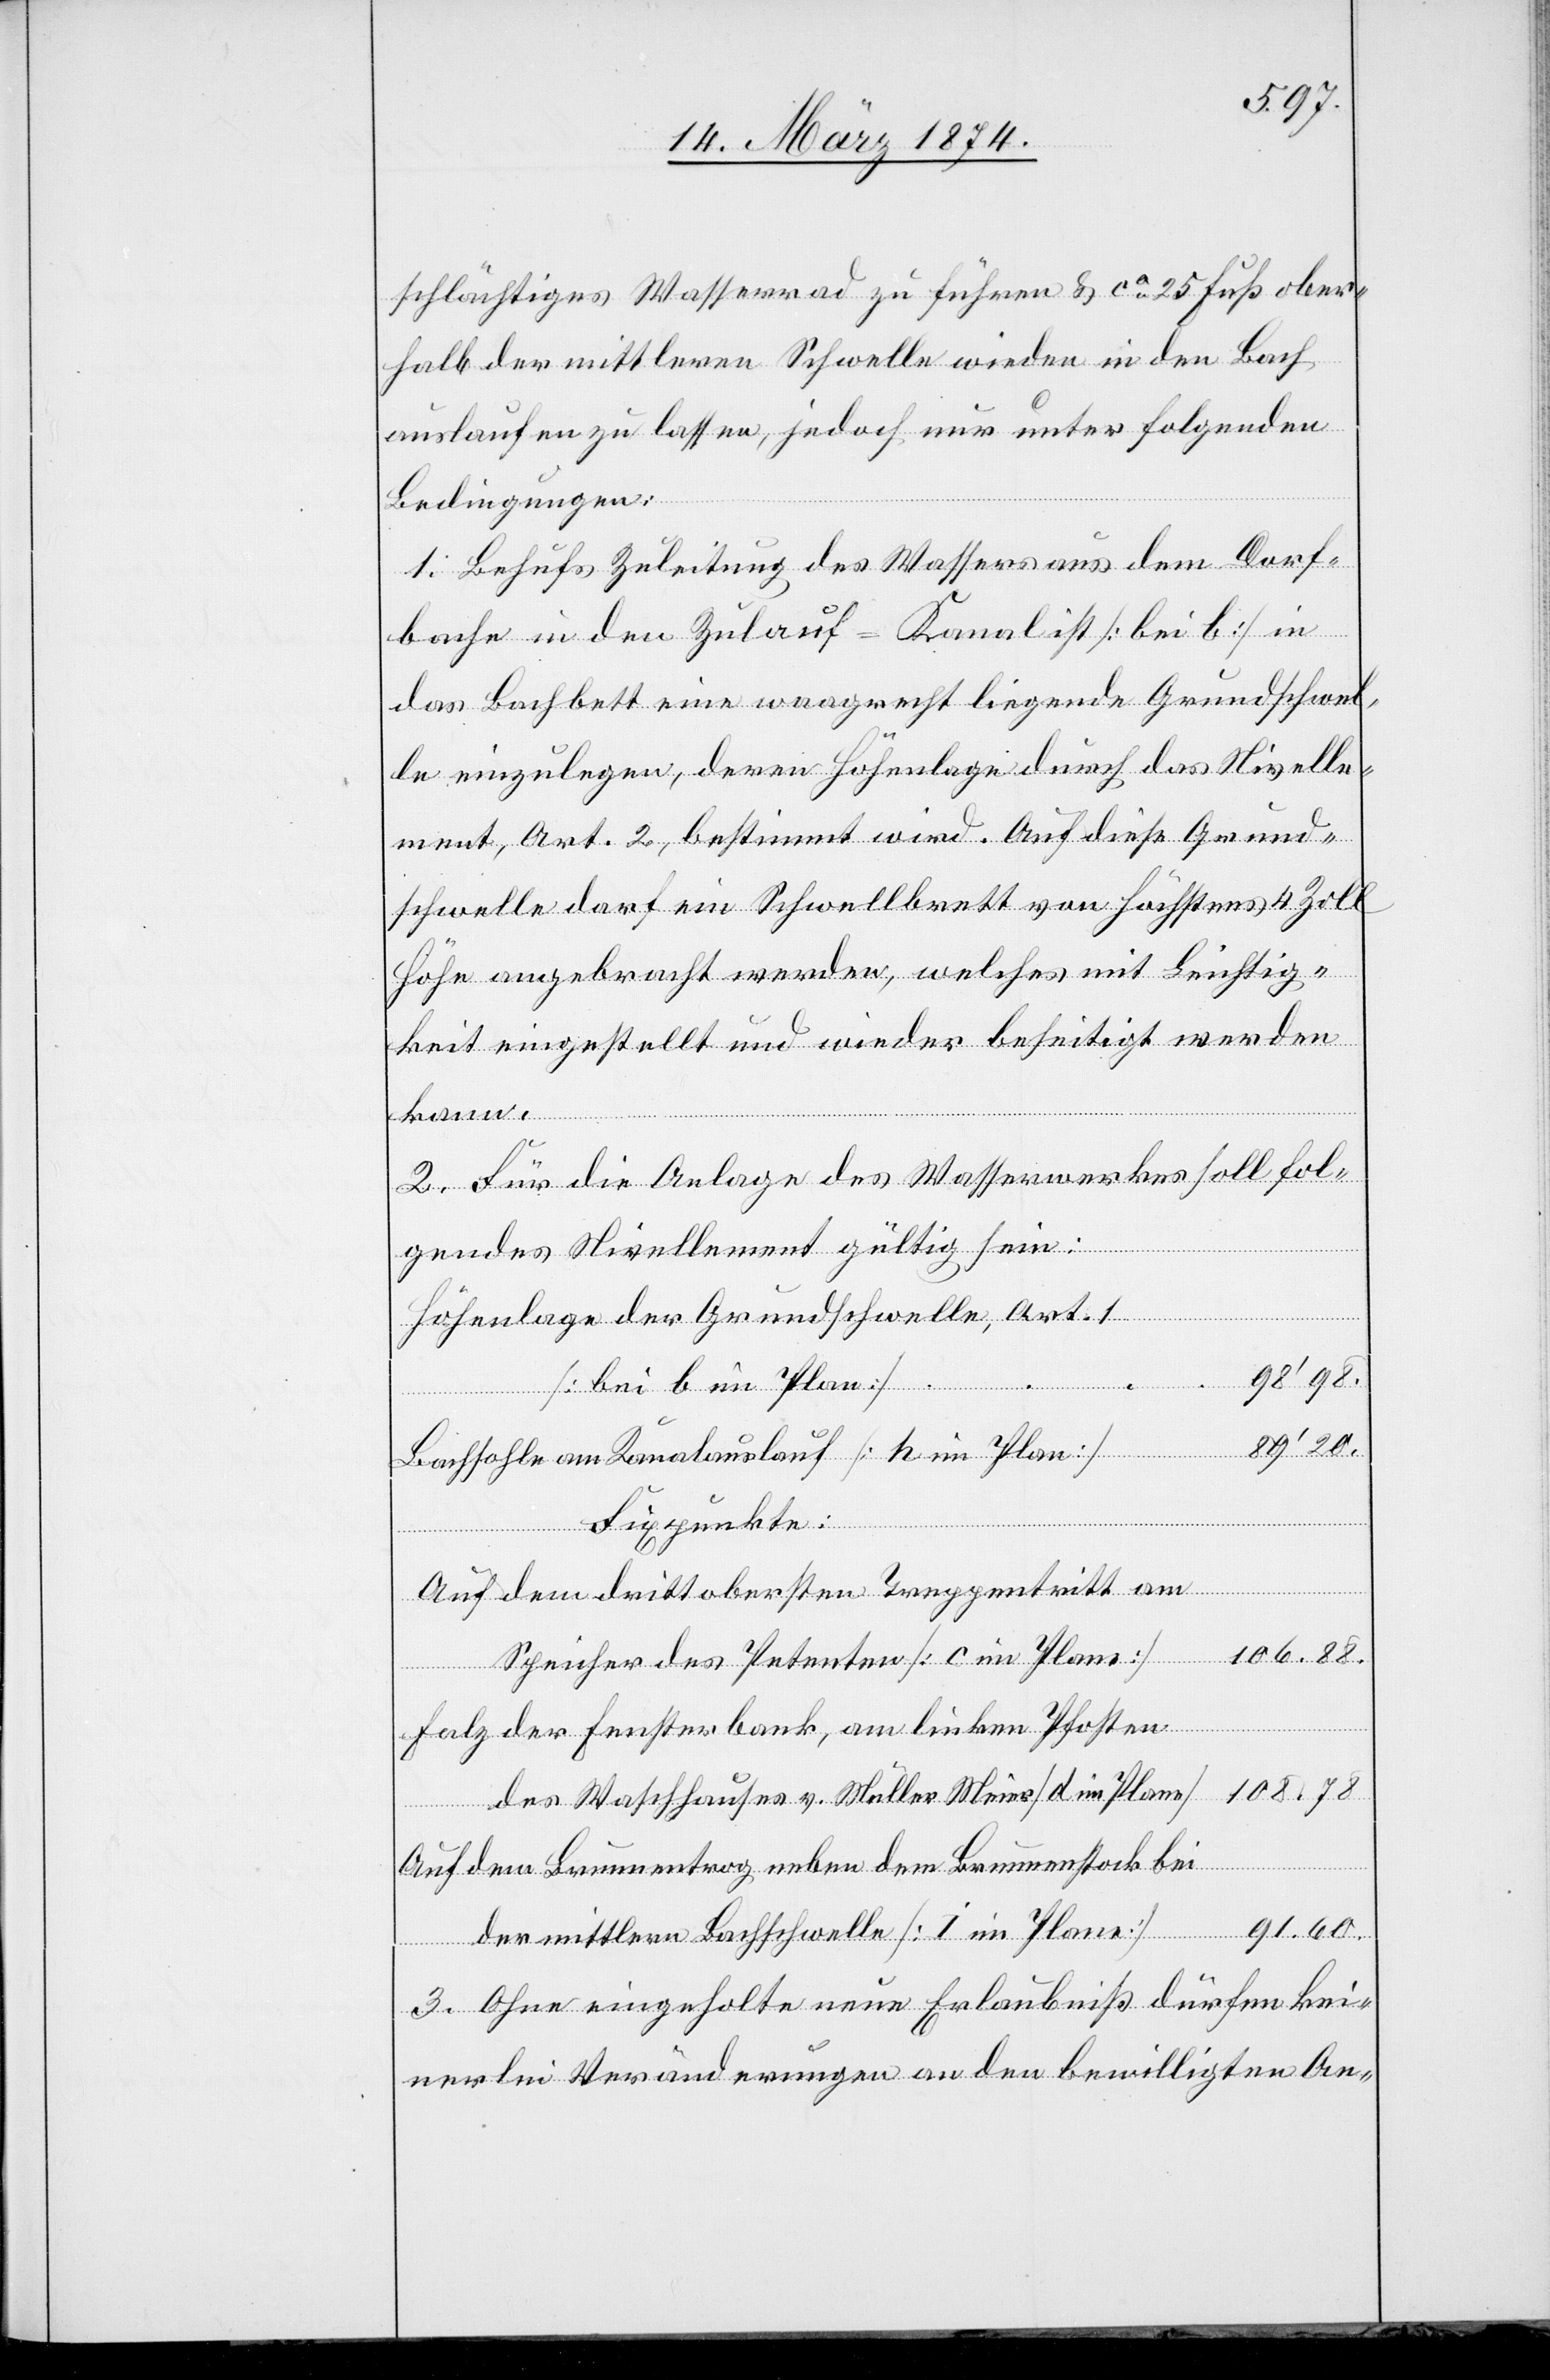
schlächtiges Wasserrad zu führen u. ca 25 Fuß ober¬
halb der mittleren Schwelle wieder in den Bach
auslaufen zu lassen, jedoch nur unter folgenden
Bedingungen:
1. Behufs Zuleitung des Wassers aus dem Dorf¬
bache in den Zulauf-Kanal ist [bei b] in
das Bachbette eine waagrecht liegende Grundschwel¬
le einzulegen, deren Höhenlage durch das Nivelle¬
ment, Art. 2, bestimmt wird. Auf diese Grund¬
schwelle darf ein Schwellbrett von höchstens 4 Zoll
Höhe angebracht werden, welches mit Leichtig¬
keit eingestellt und wieder beseitigt werden
kann.
2. Für die Anlage des Wasserwerkes soll fol¬
gendes Nivellement gültig sein:
Höhenlage der Grundschwelle, Art. 1
[bei b im Plan]
89’20.
Bachsohle am Kanalauslauf [h im Plan]
Fixpunkte:
Auf dem drittobersten Treppentritt am
e]		106.88.
Speicher des Petenten [c im Plan¬
Holz der Fensterbank, am linken Pfosten
des Waschhauses v. Müller Meier [d im Plane]	108.78
Auf dem Brunnentrog neben dem Brunnenstock bei
91.60.
der mittlern Bachschwelle [i im Plane]
3. Ohne eingeholte neue Erlaubniß dürfen kei¬
nerlei Veränderungen an den bewilligten An-